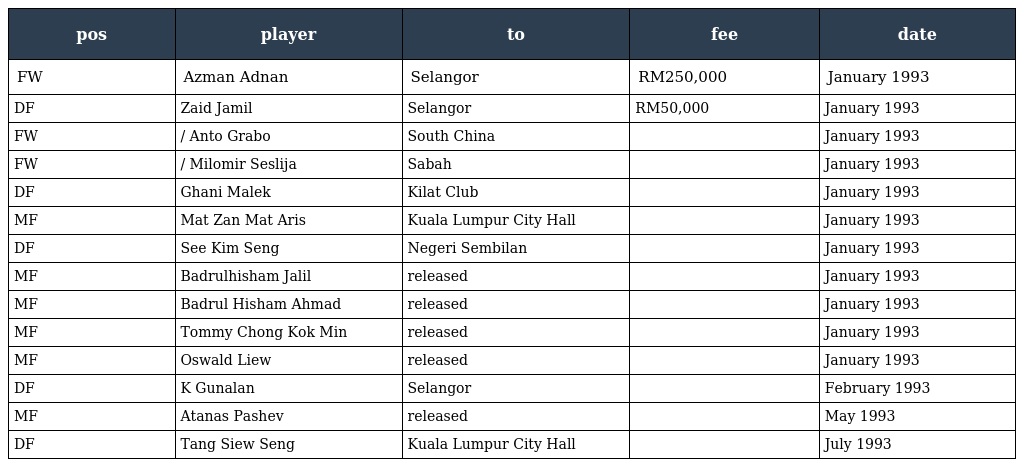
| pos | player | to | fee | date |
 | --- | --- | --- | --- | --- |
 | FW | Azman Adnan | Selangor | RM250,000 | January 1993 |
 | DF | Zaid Jamil | Selangor | RM50,000 | January 1993 |
 | FW | / Anto Grabo | South China |  | January 1993 |
 | FW | / Milomir Seslija | Sabah |  | January 1993 |
 | DF | Ghani Malek | Kilat Club |  | January 1993 |
 | MF | Mat Zan Mat Aris | Kuala Lumpur City Hall |  | January 1993 |
 | DF | See Kim Seng | Negeri Sembilan |  | January 1993 |
 | MF | Badrulhisham Jalil | released |  | January 1993 |
 | MF | Badrul Hisham Ahmad | released |  | January 1993 |
 | MF | Tommy Chong Kok Min | released |  | January 1993 |
 | MF | Oswald Liew | released |  | January 1993 |
 | DF | K Gunalan | Selangor |  | February 1993 |
 | MF | Atanas Pashev | released |  | May 1993 |
 | DF | Tang Siew Seng | Kuala Lumpur City Hall |  | July 1993 |